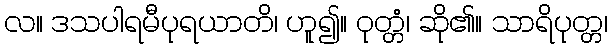
လ။ ဒသပါရမီပုရယာတိ၊ ဟူ၍။ ဝုတ္တံ၊ ဆို၏။ သာရိပုတ္တ၊